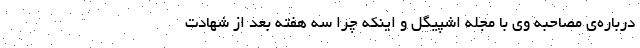
درباره‌ی مصاحبه وی با مجله اشپیگل و اینکه چرا سه هفته بعد از شهادت